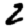
Digit: 2